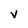
Character: v